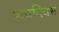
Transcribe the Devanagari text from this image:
पाचदिवस